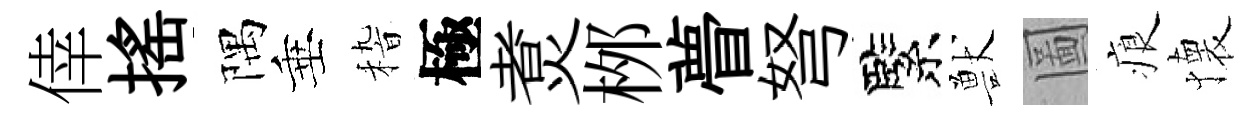
倖揺隅垂𥟵極煑桞瞢弩緊獸圖痕懐